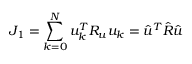
J _ { 1 } = \sum _ { k = 0 } ^ { N } u _ { k } ^ { T } R _ { u } u _ { k } = \hat { u } ^ { T } \hat { R } \hat { u }